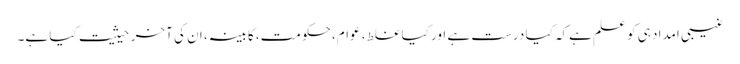
غیبی امداد ہی کو علم ہےکہ کیا درست ہے اور کیا غلط، عوام، حکومت، کابینہ، ان کی آخر حیثیت کیا ہے۔